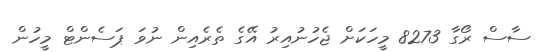
ސާސް ރޯގާ 8273 މީހަކަށް ޖެހުނުއިރު އޭގެ ތެރެއިން ނުވަ ޕަސެންޓް މީހުން